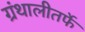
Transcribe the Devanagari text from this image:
ग्रंथालीतर्फे